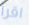
اقرا